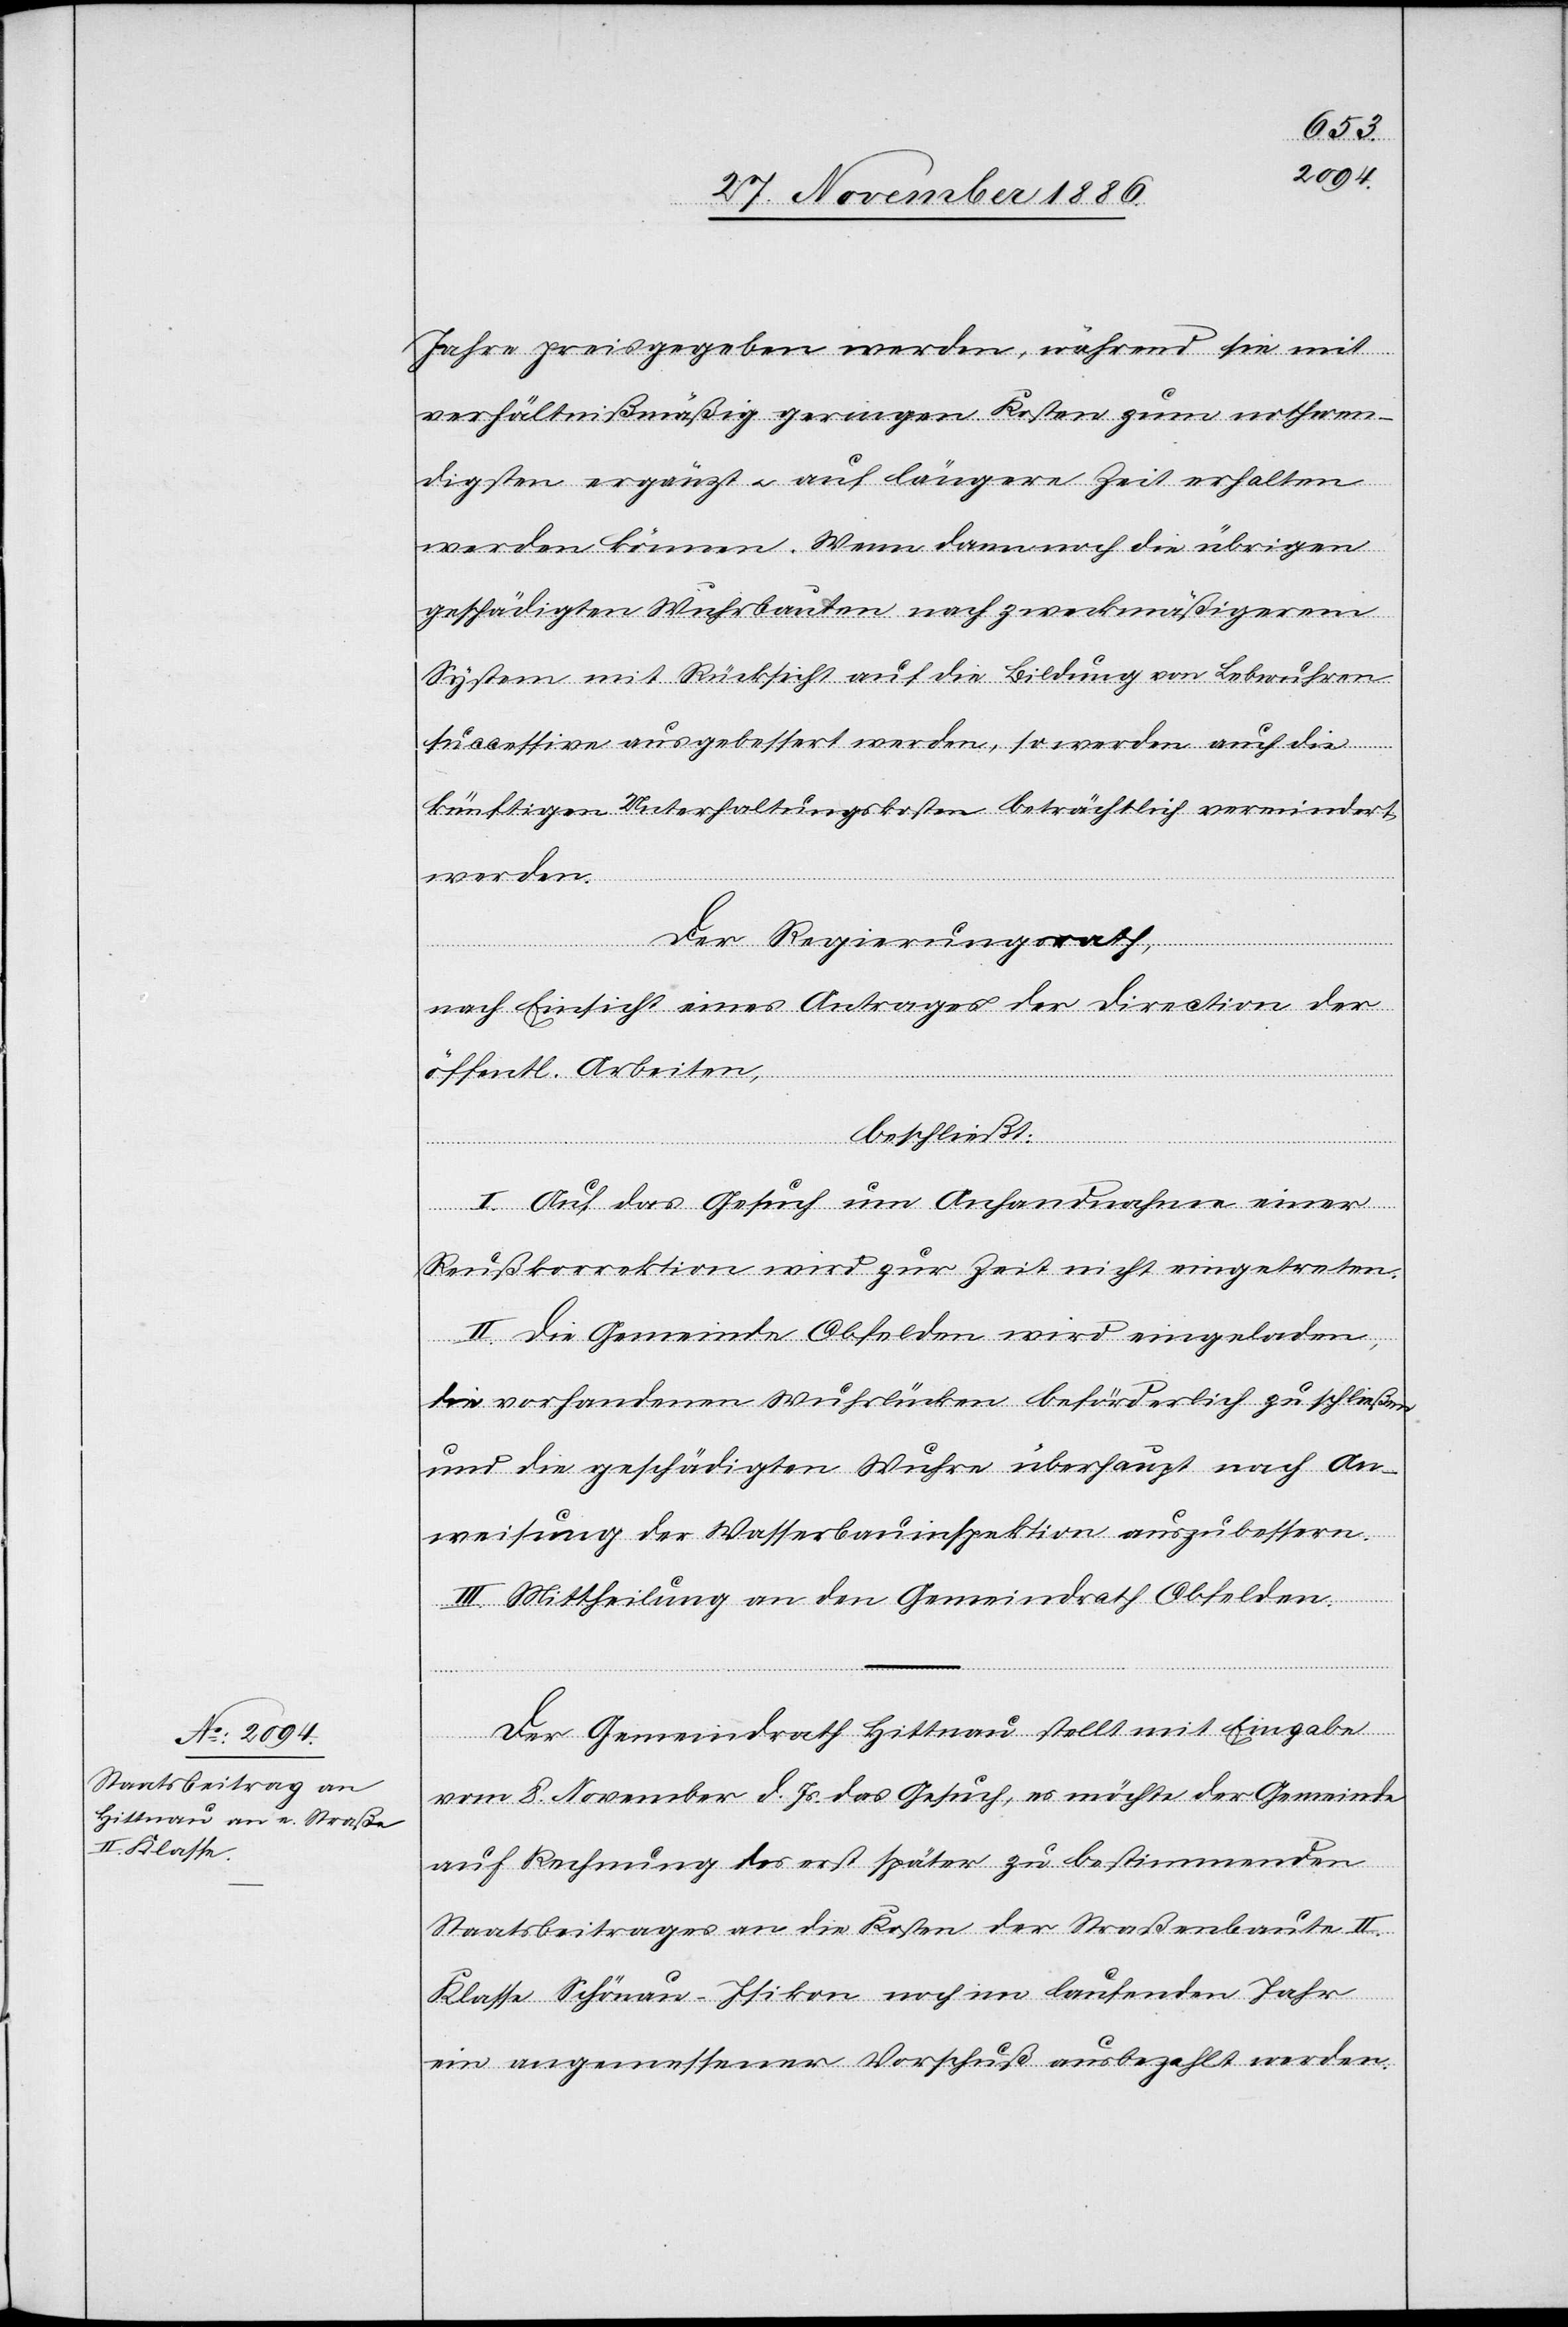
Jahre preisgegeben werden, während sie mit
verhältnißmäßig geringen Kosten zum nothwen¬
digsten ergänzt & auf längere Zeit erhalten
werden können. Wenn dann noch die übrigen
geschädigten Wuhrbauten nach zweckmäßigerem
System mit Rücksicht auf die Bildung von Lebwuhren
successive aufgebessert werden, so werden auch die
künftigen Unterhaltungskosten beträchtlich vermindert
werden.
Der Regierungsrath,
nach Einsicht eines Antrages der Direction der
öffentl. Arbeiten,
beschließt:
I. Auf das Gesuch um Anhandnahme einer
Reußkorrektion wird zur Zeit nicht eingetreten.
II. Die Gemeinde Obfelden wird eingeladen,
die vorhandenen Wuhrlücken beförderlich zu schließen
und die geschädigten Wuhre überhaupt nach An¬
weisung der Wasserbauinspektion auszubessern.
III. Mittheilung an den Gemeindrath Obfelden.
Der Gemeindrath Hittnau stellt mit Eingabe
vom 8. November d. Js. das Gesuch, es möchte der Gemeinde
auf Rechnung des erst später zu bestimmenden
Staatsbeitrages an die Kosten der Straßenbaute II.
Klasse Schönau–Isikon noch im laufenden Jahr
ein angemessener Vorschuß ausbezahlt werden.